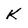
Character: K